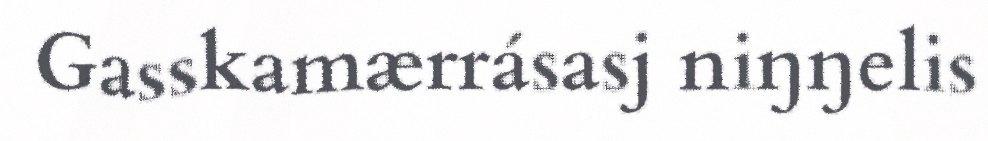
Gasskamærrásasj niŋŋelis